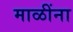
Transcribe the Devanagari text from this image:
माळींना